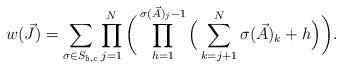
LaTeX: \begin{align*} w(\vec{J}) = \sum_{\sigma \in S_{b,c}} \prod_{j=1}^N \bigg( \prod_{h=1}^{\sigma(\vec{A})_j -1} \Big( \sum_{k=j+1}^N \sigma(\vec{A})_k + h \Big) \bigg). \end{align*}